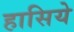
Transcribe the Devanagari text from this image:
हासिये